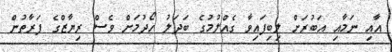
އާއި ނަމާއި އަބުރަށް ލިބިފައިވާ ގެއްލުމުގެ ބަދަލު ހޯދުމަށް ވެސް ރިޔާޒްގެ ފަރާތުން